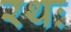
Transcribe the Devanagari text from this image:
रथः